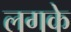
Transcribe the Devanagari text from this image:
लगके